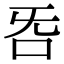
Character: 𣄮